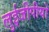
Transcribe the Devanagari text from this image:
लुईजीपीयो